Annual report on the Civil Veterinary Department, Burma (including the Insein Veterinary School) - 1932-1941
Year: 1932
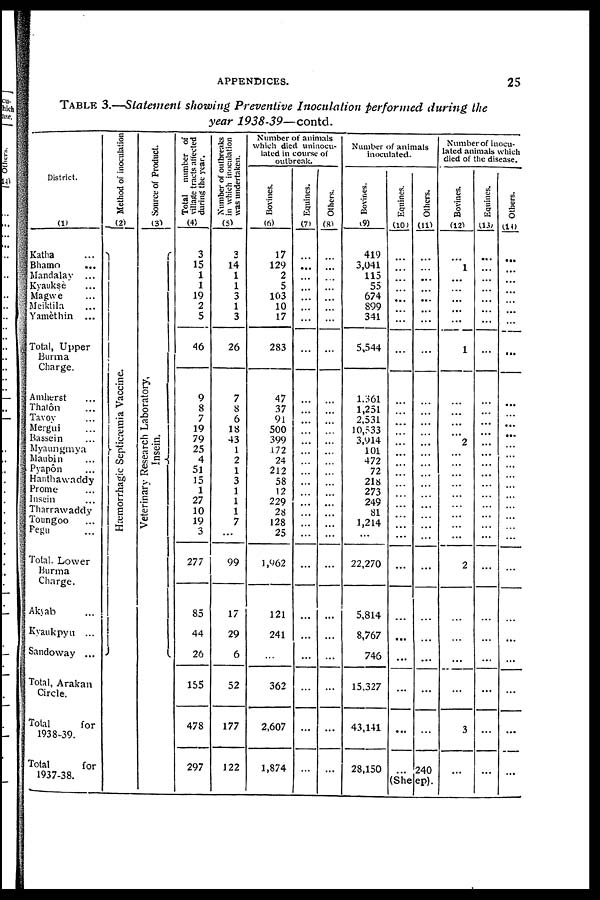
APPENDICES.
25
TABLE 3.—Statement showing Preventive Inoculation performed during the
year 1938-39—contd.
District.
(1)
Katha ...
Bhamo ...
Mandalay ...
Kyauksè ...
Magwe ...
Meiktila ...
Yamèthin ...
Total, Upper
Burma
Charge.
Amherst ...
Thatôn ...
Tavoy ...
Mergui ...
Bassein ...
Myaungmya
Maubin ...
Pyapôn ...
Hanthawaddy
Prome ...
Insein ...
Tharrawaddy
Toungoo ...
Pegu ...
Total. Lower
Burma
Charge.
Akyab ...
Kyaukpyu ...
Sandoway ...
Total, Arakan
Circle.
Total
for
1938-39.
Total
for
1937-38.
Method of inoculation
( 2 )
Hæmo r
r
h a g ic Se ptic
æmia Vaccine.
Source of Product.
(3)
Vet er i
nar y Re s e a r
c h Labor at or y,
I nsei n.
Total number of
village tracts affected
during the year.
(4)
3
15
1
1
19
2
5
46
9
8
7
19
79
25
4
51
15
1
27
10
19
3
277
85
44
26
155
478
297
Number of outbreaks
in which inoculation
was undertaken.
(5)
3
14
1
1
3
1
3
26
7
8
6
18
43
1
2
1
3
1
1
1
7
...
99
17
29
6
52
177
122
Number of animals
which died uninocu-
lated in course of
outbreak.
Bovines.
(6)
17
129
2
5
103
10
17
283
47
37
91
500
399
172
24
212
58
12
229
28
128
25
1,962
121
241
...
362
2,607
1,874
Equines.
(7)
...
...
...
...
...
...
...
...
...
...
...
...
...
...
...
...
...
...
...
...
...
...
...
...
...
...
...
...
...
Others.
(8)
...
...
...
...
...
...
...
...
...
...
...
...
...
...
...
...
...
...
...
...
...
...
...
...
...
...
...
...
...
Number of animals
inoculated.
Bovines.
(9)
419
3,041
115
55
674
899
341
5,544
1,361
1,251
2,531
10,533
3,914
101
472
72
218
273
249
81
1,214
...
22,270
5,814
8,767
746
15,327
43,141
28,150
Equines.
(10)
...
...
...
...
...
...
...
...
...
...
...
...
...
...
...
...
...
...
...
...
...
...
...
...
...
...
...
...
Others.
(11)
...
...
...
...
...
...
...
...
...
...
...
...
...
...
...
...
...
...
...
...
...
...
...
...
...
...
...
...
240
(Sheep).
Number of inocu-
lated animals which
died of the disease.
Bovines.
(12)
...
1
...
...
...
...
...
1
...
...
...
...
2
...
...
...
...
...
...
...
...
...
2
...
...
...
...
3
...
Equines.
(13)
...
...
...
...
...
...
...
...
...
...
...
...
...
...
...
...
...
...
...
...
...
...
...
...
...
...
...
...
...
Others.
(14)
...
...
...
...
...
...
...
...
...
...
...
...
...
...
...
...
...
...
...
...
...
...
...
...
...
...
...
...
...